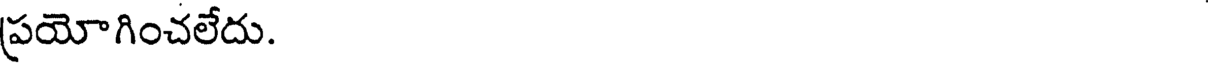
ప్రయోగించలేదు.